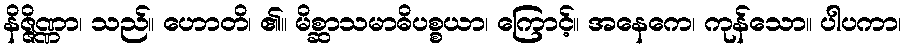
နိဇ္ဇိဏ္ဏာ၊ သည်။ ဟောတိ၊ ၏။ မိစ္ဆာသမာဓိပစ္စယာ၊ ကြောင့်။ အနေကေ၊ ကုန်သော။ ပါပကာ၊